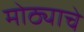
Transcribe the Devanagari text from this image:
मोठ्याचे